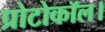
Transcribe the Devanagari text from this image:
प्रोटोकॉल।